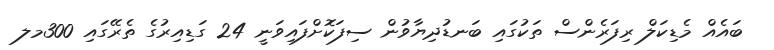
ބައެއް މެޑިކަލް ރިފަރެންސް ތަކުގައި ބަނޑުދިޔާވުން ސިފަކޮށްފައިވަނީ 24 ގަޑިއިރުގެ ތެރޭގައި 300މލ